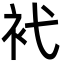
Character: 䘝